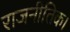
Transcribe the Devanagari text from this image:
राजनीतिक।